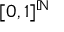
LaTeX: \lbrack 0 , 1 \rbrack ^ { \mathbb { N } }